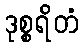
ဒုစ္စရိတံ